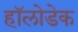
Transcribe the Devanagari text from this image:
हॉलोडेक